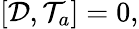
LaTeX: \left[\mathcal{D},\mathcal{T}_{a}\right]=0,